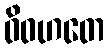
ဝိဝဟတေ